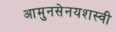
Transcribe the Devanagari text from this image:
आमुनसेनयशस्वी